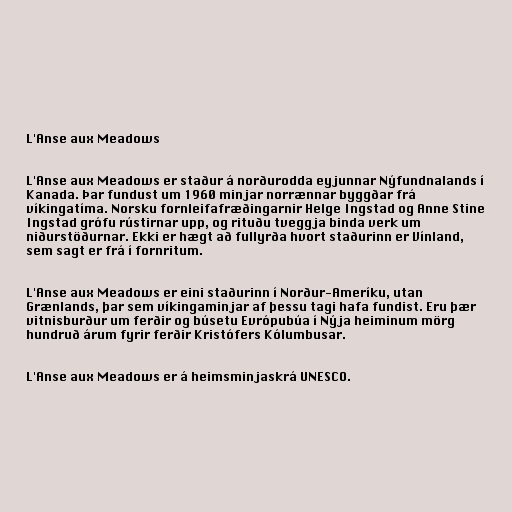
L'Anse aux Meadows

L'Anse aux Meadows er staður á norðurodda eyjunnar Nýfundnalands í
Kanada. Þar fundust um 1960 minjar norrænnar byggðar frá
víkingatíma. Norsku fornleifafræðingarnir Helge Ingstad og Anne Stine
Ingstad grófu rústirnar upp, og rituðu tveggja binda verk um
niðurstöðurnar. Ekki er hægt að fullyrða hvort staðurinn er Vínland,
sem sagt er frá í fornritum.

L'Anse aux Meadows er eini staðurinn í Norður-Ameríku, utan
Grænlands, þar sem víkingaminjar af þessu tagi hafa fundist. Eru þær
vitnisburður um ferðir og búsetu Evrópubúa í Nýja heiminum mörg
hundruð árum fyrir ferðir Kristófers Kólumbusar.

L'Anse aux Meadows er á heimsminjaskrá UNESCO.